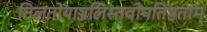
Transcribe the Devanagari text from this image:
तिलतोयाञ्जलिस्तवोपतिष्ठताम्